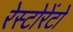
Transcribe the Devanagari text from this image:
रेस्‍टोरेंटो